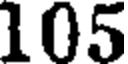
105